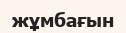
жұмбағын